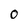
Character: 0